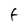
Character: F